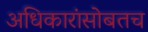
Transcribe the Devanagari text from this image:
अधिकारांसोबतच